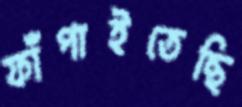
ফাঁপাইতেছি